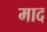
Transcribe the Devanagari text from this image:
माद